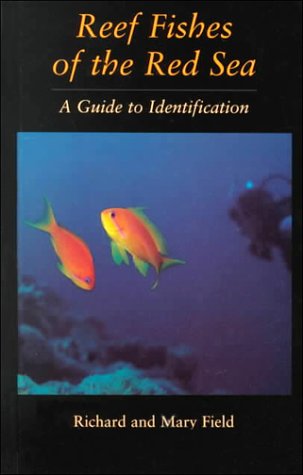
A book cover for Reef Fish Of The Red Sea; Field; Sports & Outdoors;